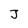
Character: J